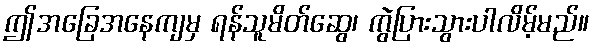
ဤအခြေအနေကျမှ ရန်သူမိတ်ဆွေ၊ ကွဲပြားသွားပါလိမ့်မည်။